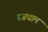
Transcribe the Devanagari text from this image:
रजधाम